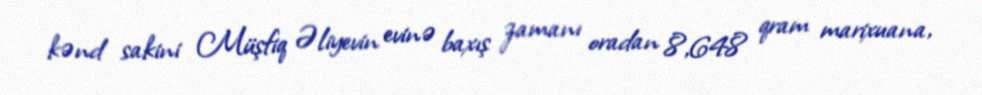
kənd sakini Müşfiq Əliyevin evinə baxış zamanı oradan 8,648 qram marixuana,